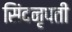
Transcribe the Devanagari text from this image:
सिंदनृपती